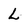
Character: L